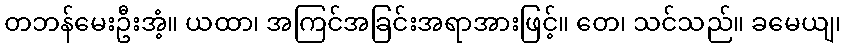
တဘန်မေးဦးအံ့။ ယထာ၊ အကြင်အခြင်းအရာအားဖြင့်။ တေ၊ သင်သည်။ ခမေယျ၊